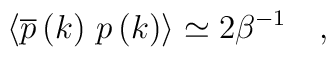
\left\langle \overline{p}\left( k\right) \,p\left( k\right) \right\rangle\simeq 2\beta ^{-1} \quad,